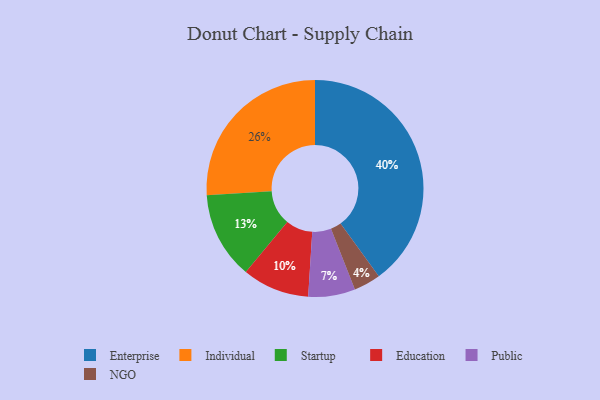
{"axis": {"x": "Category", "y": "Percentage"}, "legend": ["Education", "Enterprise", "Individual", "NGO", "Public", "Startup"], "data": [{"x": "Startup", "y": 13, "type": "Startup"}, {"x": "NGO", "y": 4, "type": "NGO"}, {"x": "Individual", "y": 26, "type": "Individual"}, {"x": "Enterprise", "y": 40, "type": "Enterprise"}, {"x": "Education", "y": 10, "type": "Education"}, {"x": "Public", "y": 7, "type": "Public"}]}